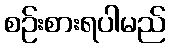
စဉ်းစားရပါမည်